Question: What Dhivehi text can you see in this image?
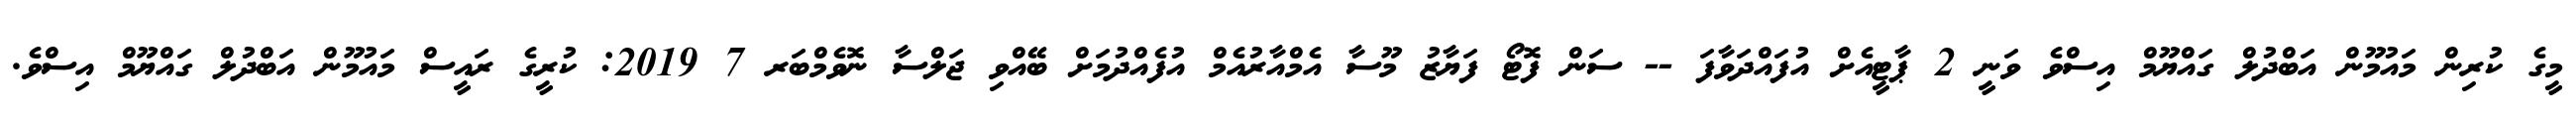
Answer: މީގެ ކުރިން މައުމޫން އަބްދުލް ގައްޔޫމް އިސްވެ ވަނީ 2 ޕާޓީއެށް އުފައްދަވާފަ -- ސަން ފޮޓޯ ފަޔާޒު މޫސާ އެމްއާރުއެމް އުފެއްދުމަށް ބޭއްވި ޖަލްސާ ނޮވެމްބަރ 7 2019: ކުރީގެ ރައީސް މައުމޫން އަބްދުލް ގައްޔޫމް އިސްވެ.